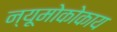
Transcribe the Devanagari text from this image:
न्यूमोकोकाय